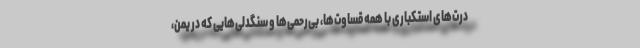
درت‌های استکباری با همه قساوت‌ها، بی‌رحمی‌ها و سنگدلی‌هایی که در یمن،